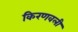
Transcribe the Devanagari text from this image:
किरणवली